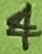
Text: 4